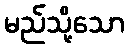
မည်သို့သော